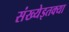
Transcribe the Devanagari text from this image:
संख्येइतक्या